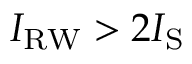
I _ { \mathrm { R W } } > 2 I _ { \mathrm { S } }